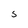
Character: S